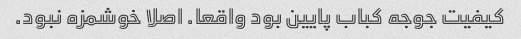
کیفیت جوجه کباب پایین بود واقعا. اصلا خوشمزه نبود.